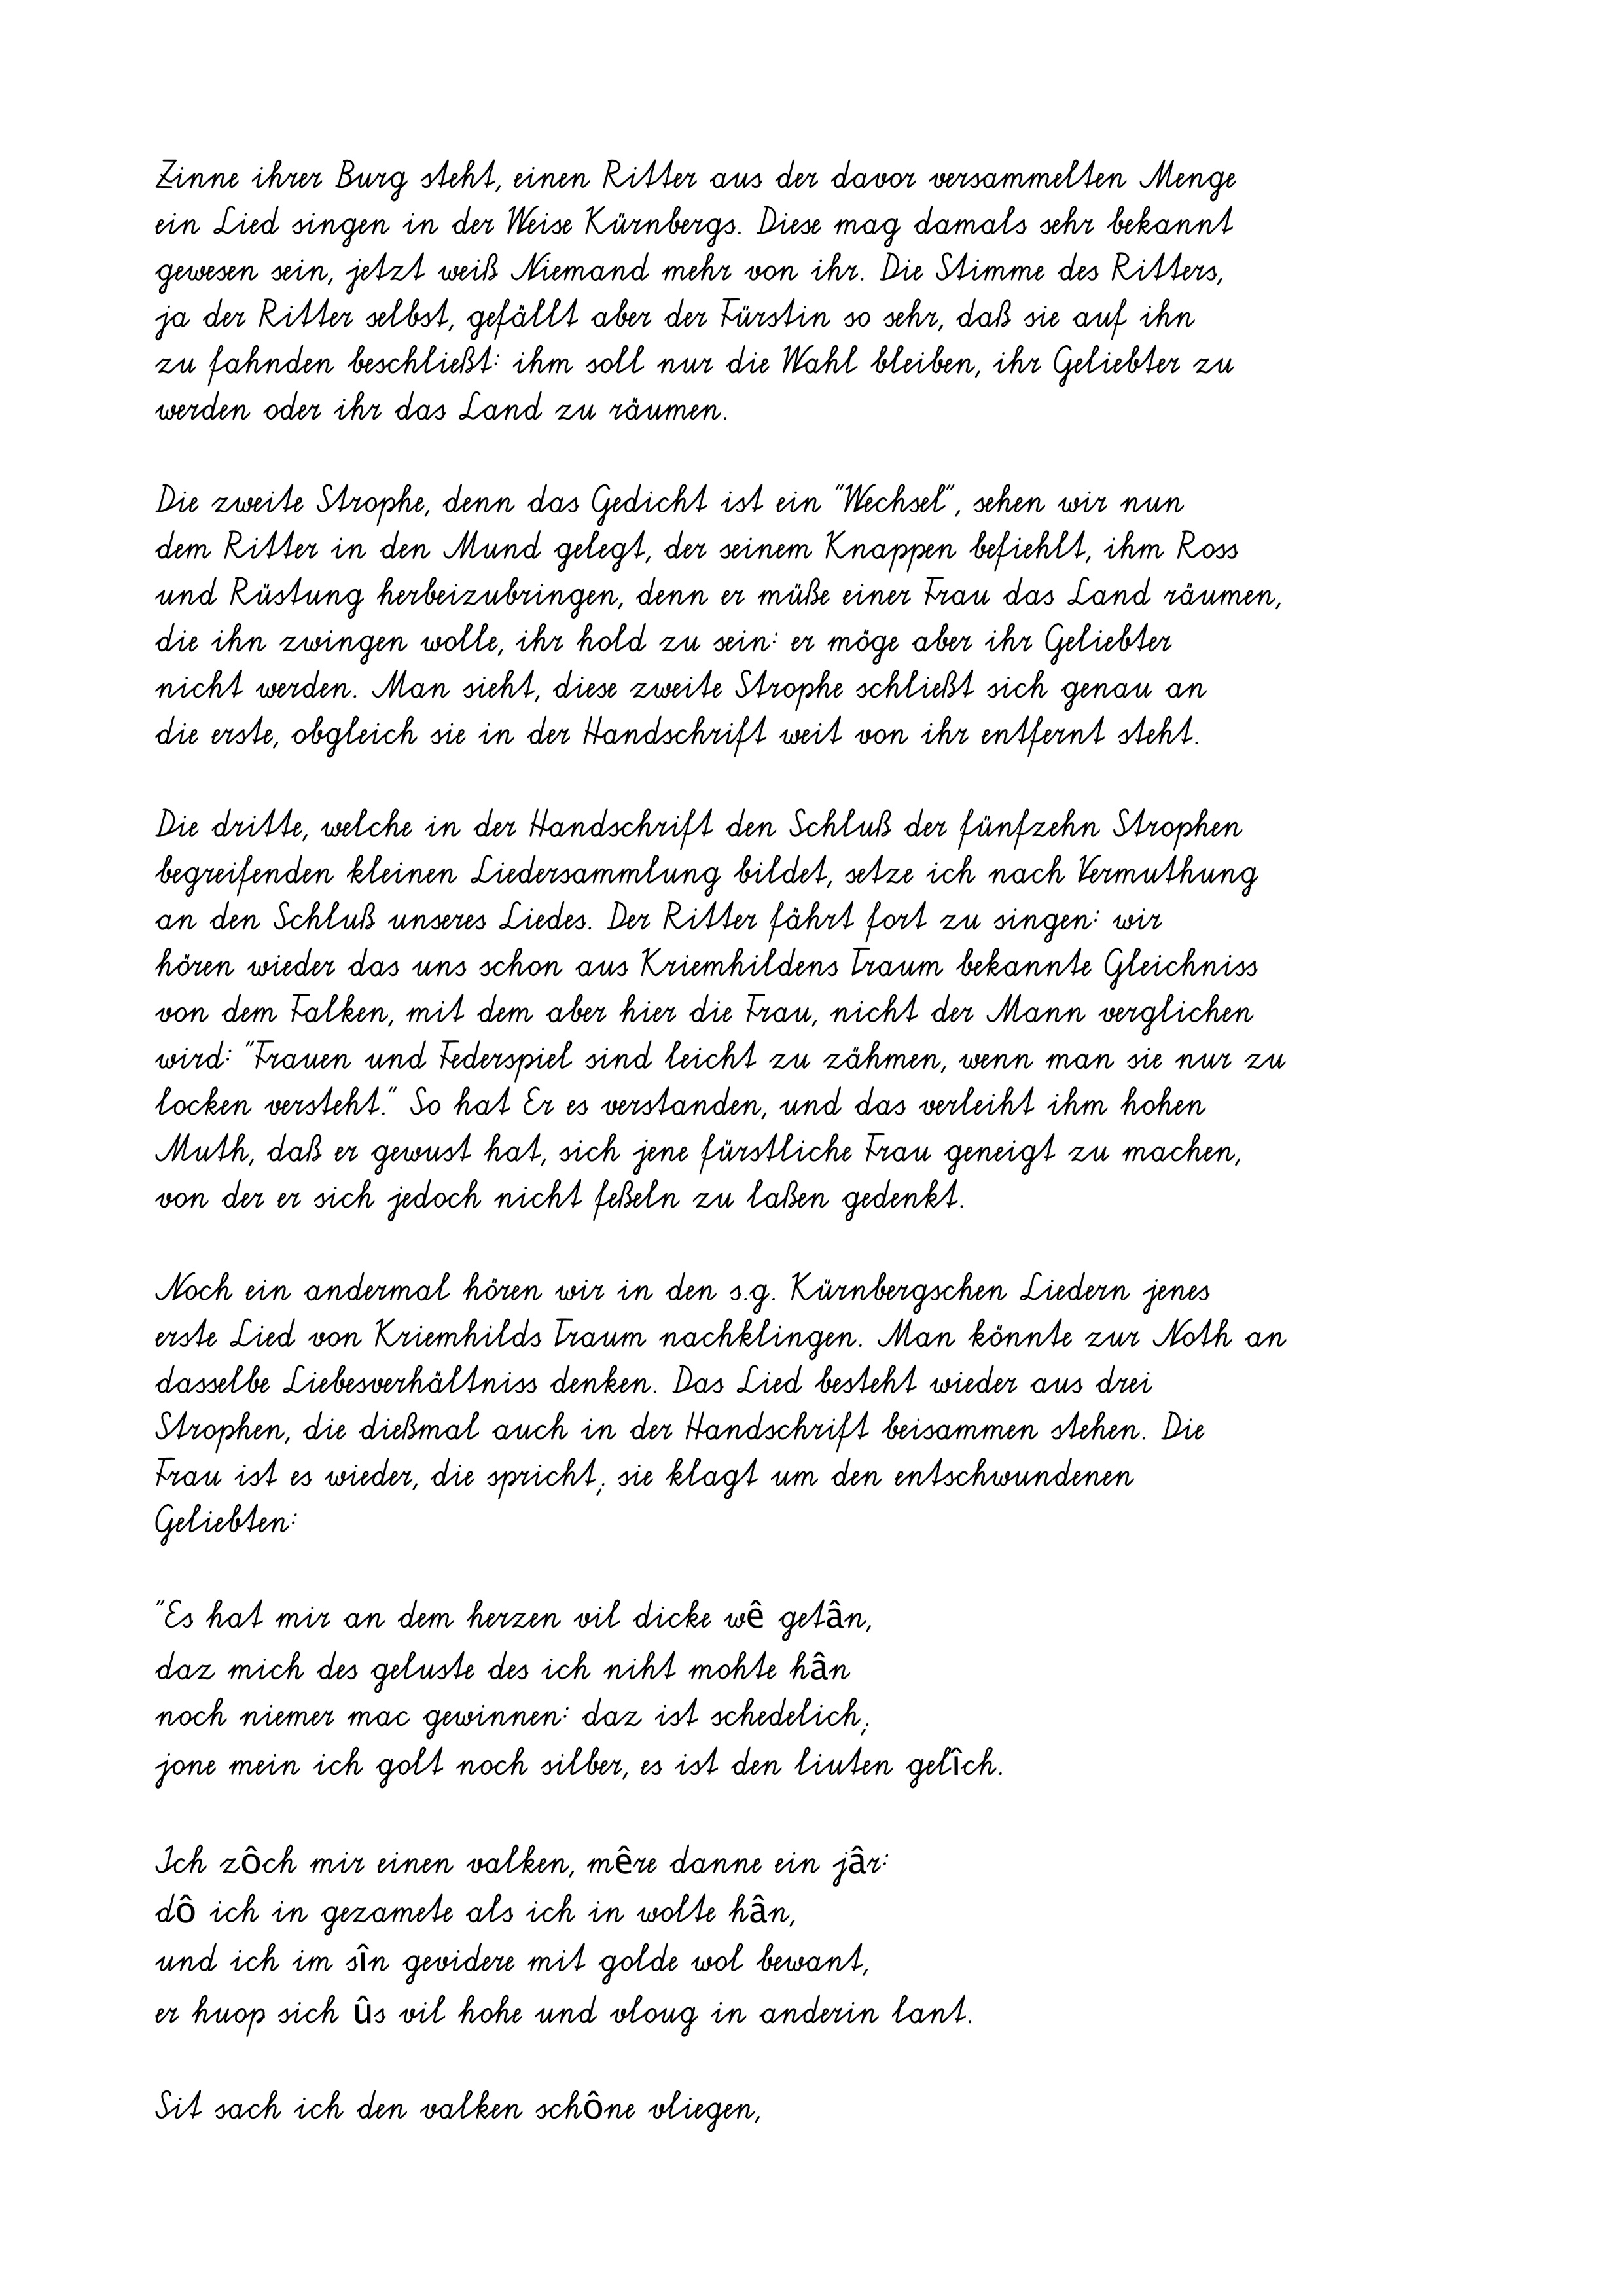
Zinne ihrer Burg steht, einen Ritter aus der davor versammelten Menge
ein Lied singen in der Weise Kürnbergs. Diese mag damals sehr bekannt
gewesen sein, jetzt weiß Niemand mehr von ihr. Die Stimme des Ritters,
ja der Ritter selbst, gefällt aber der Fürstin so sehr, daß sie auf ihn
zu fahnden beschließt: ihm soll nur die Wahl bleiben, ihr Geliebter zu
werden oder ihr das Land zu räumen.
Die zweite Strophe, denn das Gedicht ist ein "Wechsel", sehen wir nun
dem Ritter in den Mund gelegt, der seinem Knappen befiehlt, ihm Ross
und Rüstung herbeizubringen, denn er müße einer Frau das Land räumen,
die ihn zwingen wolle, ihr hold zu sein: er möge aber ihr Geliebter
nicht werden. Man sieht, diese zweite Strophe schließt sich genau an
die erste, obgleich sie in der Handschrift weit von ihr entfernt steht.
Die dritte, welche in der Handschrift den Schluß der fünfzehn Strophen
begreifenden kleinen Liedersammlung bildet, setze ich nach Vermuthung
an den Schluß unseres Liedes. Der Ritter fährt fort zu singen: wir
hören wieder das uns schon aus Kriemhildens Traum bekannte Gleichniss
von dem Falken, mit dem aber hier die Frau, nicht der Mann verglichen
wird: "Frauen und Federspiel sind leicht zu zähmen, wenn man sie nur zu
locken versteht." So hat Er es verstanden, und das verleiht ihm hohen
Muth, daß er gewust hat, sich jene fürstliche Frau geneigt zu machen,
von der er sich jedoch nicht feßeln zu laßen gedenkt.
Noch ein andermal hören wir in den s.g. Kürnbergschen Liedern jenes
erste Lied von Kriemhilds Traum nachklingen. Man könnte zur Noth an
dasselbe Liebesverhältniss denken. Das Lied besteht wieder aus drei
Strophen, die dießmal auch in der Handschrift beisammen stehen. Die
Frau ist es wieder, die spricht; sie klagt um den entschwundenen
Geliebten:
"Es hat mir an dem herzen vil dicke wê getân,
daz mich des geluste des ich niht mohte hân
noch niemer mac gewinnen: daz ist schedelich;
jone mein ich golt noch silber, es ist den liuten gelîch.
Ich zôch mir einen valken, mêre danne ein jâr:
dô ich in gezamete als ich in wolte hân,
und ich im sîn gevidere mit golde wol bewant,
er huop sich ûs vil hohe und vloug in anderin lant.
Sit sach ich den valken schône vliegen,